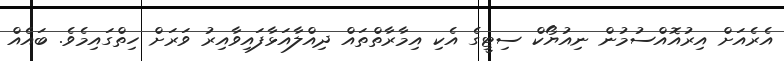
އެރެއަށް އިރުއޮއްސުމުން ނިއުޔޯކް ސިޓީގެ އެކި އިމާރާތްތައް ދިއްލާއަޅާފައިވާއިރު ވަރަށް ހިތްގައިމެވެ. ބައެއް